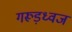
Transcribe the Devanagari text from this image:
गरूड़ध्वज